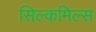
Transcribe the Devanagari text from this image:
सिल्कमिल्स